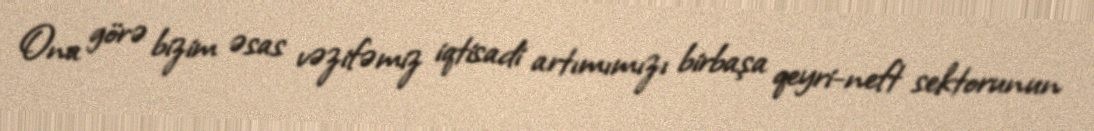
Ona görə bizim əsas vəzifəmiz iqtisadi artımımızı birbaşa qeyri-neft sektorunun